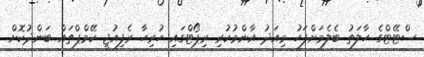
ސްޓޭޓްގެ ހާލަތު ބެލެމަށްފަހު މިއަދު އާންމުކުރި ރިޕޯޓްގައި ހުރިހާ ރެފިއުޖީ ކޭމްޕްތައް ބަންދުކޮށް